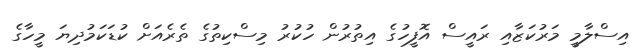
އިސްލާމީ މަރުކަޒާއި ރައީސް އޮފީހުގެ އިތުރުން ހުކުރު މިސްކިތުގެ ތެރެއަށް ކުޑަކަމުދިޔަ މީހާގެ